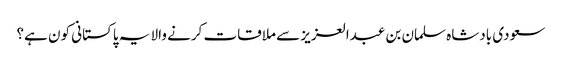
سعودی بادشاہ سلمان بن عبدالعزیز سے ملاقات کرنے والا یہ پاکستانی کون ہے؟